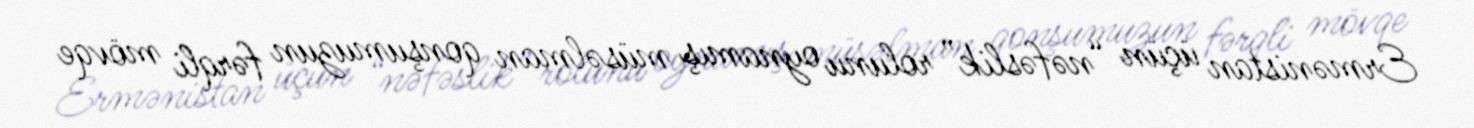
Ermənistan üçün “nəfəslik” rolunu oynamış müsəlman qonşumuzun fərqli mövqe